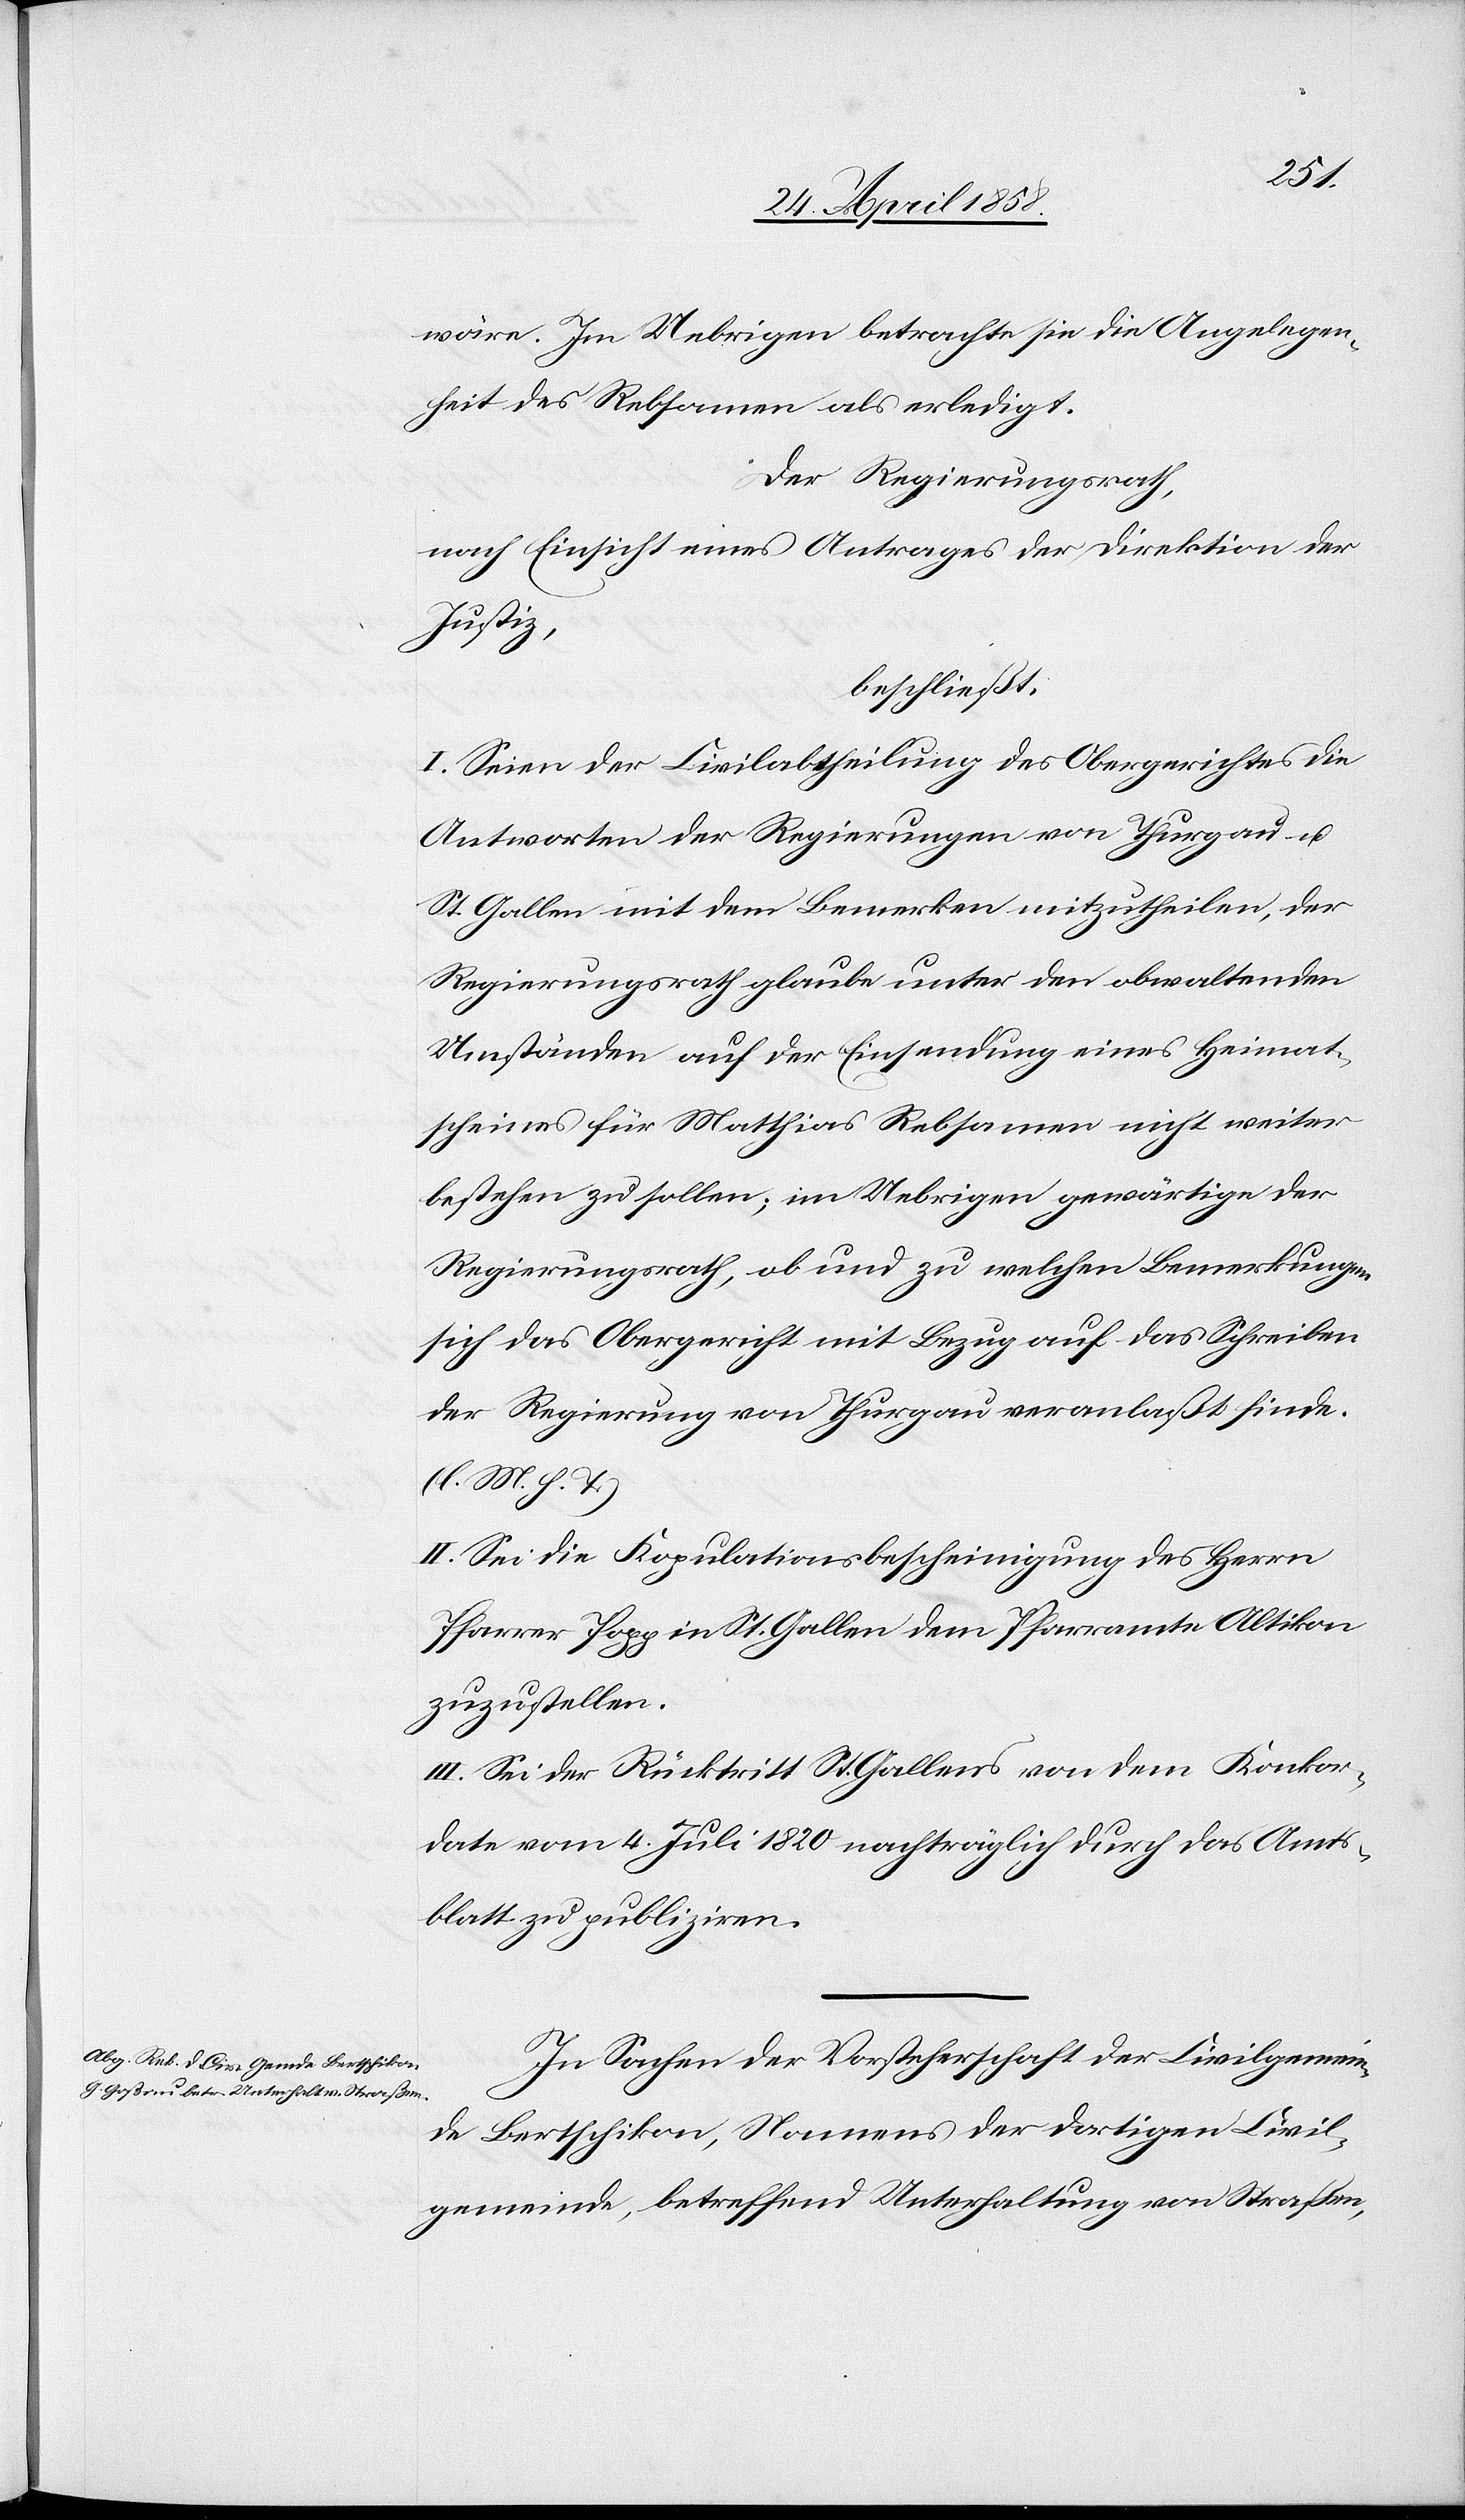
wäre. Im Uebrigen betrachte sie die Angelegen¬
heit des Rebsamen als erledigt.
Der Regierungsrath,
nach Einsicht eines Antrages der Direktion der
Justiz,
beschließt:
I. Seien der Civilabtheilung des Obergerichtes die
Antworten der Regierung von Thurgau u.
St. Gallen mit dem Bemerken mitzutheilen, der
Regierungsrath glaube unter den obwaltenden
Umständen auf der Einsendung eines Heimat¬
scheines für Matthias [sic!] Rebsamen nicht weiter
bestehen zu sollen; im Uebrigen gewärtige der
Regierungsrath, ab und zu welchen Bemerkungen
sich das Obergericht mit Bezug auf das Schreiben
der Regierung von Thurgau veranlaßt finde.
(l. M. h. T.)
II. Sei die Kopulationsbescheinigung des Herrn
Pfarrer Popp in St. Gallen dem Pfarramte Altikon
zuzustellen.
III. Sei der Rücktritt St. Gallens von dem Konkor¬
date vom 4. Juli 1820 nachträglich durch das Amts¬
blatt zu publiziren.
In Sachen der Vorsteherschaft der Civilgemein¬
de Bertschikon, Namens der dortigen Civil¬
gemeinde, betreffend Unterhaltung von Straßen,